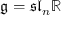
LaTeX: { \mathfrak { g } } = { \mathfrak { s l } } _ { n } \mathbb { R }